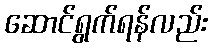
ဆောင်ရွက်ရန်လည်း